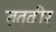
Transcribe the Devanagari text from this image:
ततवीर